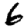
Digit: 6